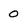
Character: 0